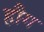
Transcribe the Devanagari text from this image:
हौग